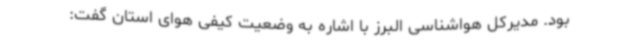
بود. مدیرکل هواشناسی البرز با اشاره به وضعیت کیفی هوای استان گفت: